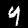
Digit: 4